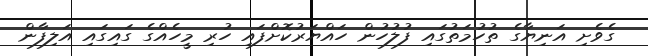
ގެވެށި އަނިޔާގެ ތުހުމަތުގައި ފުލުހުން ހައްޔަރުކޮށްފައި ހުރި މީހެއްގެ ގައިގައި އަލިފާން